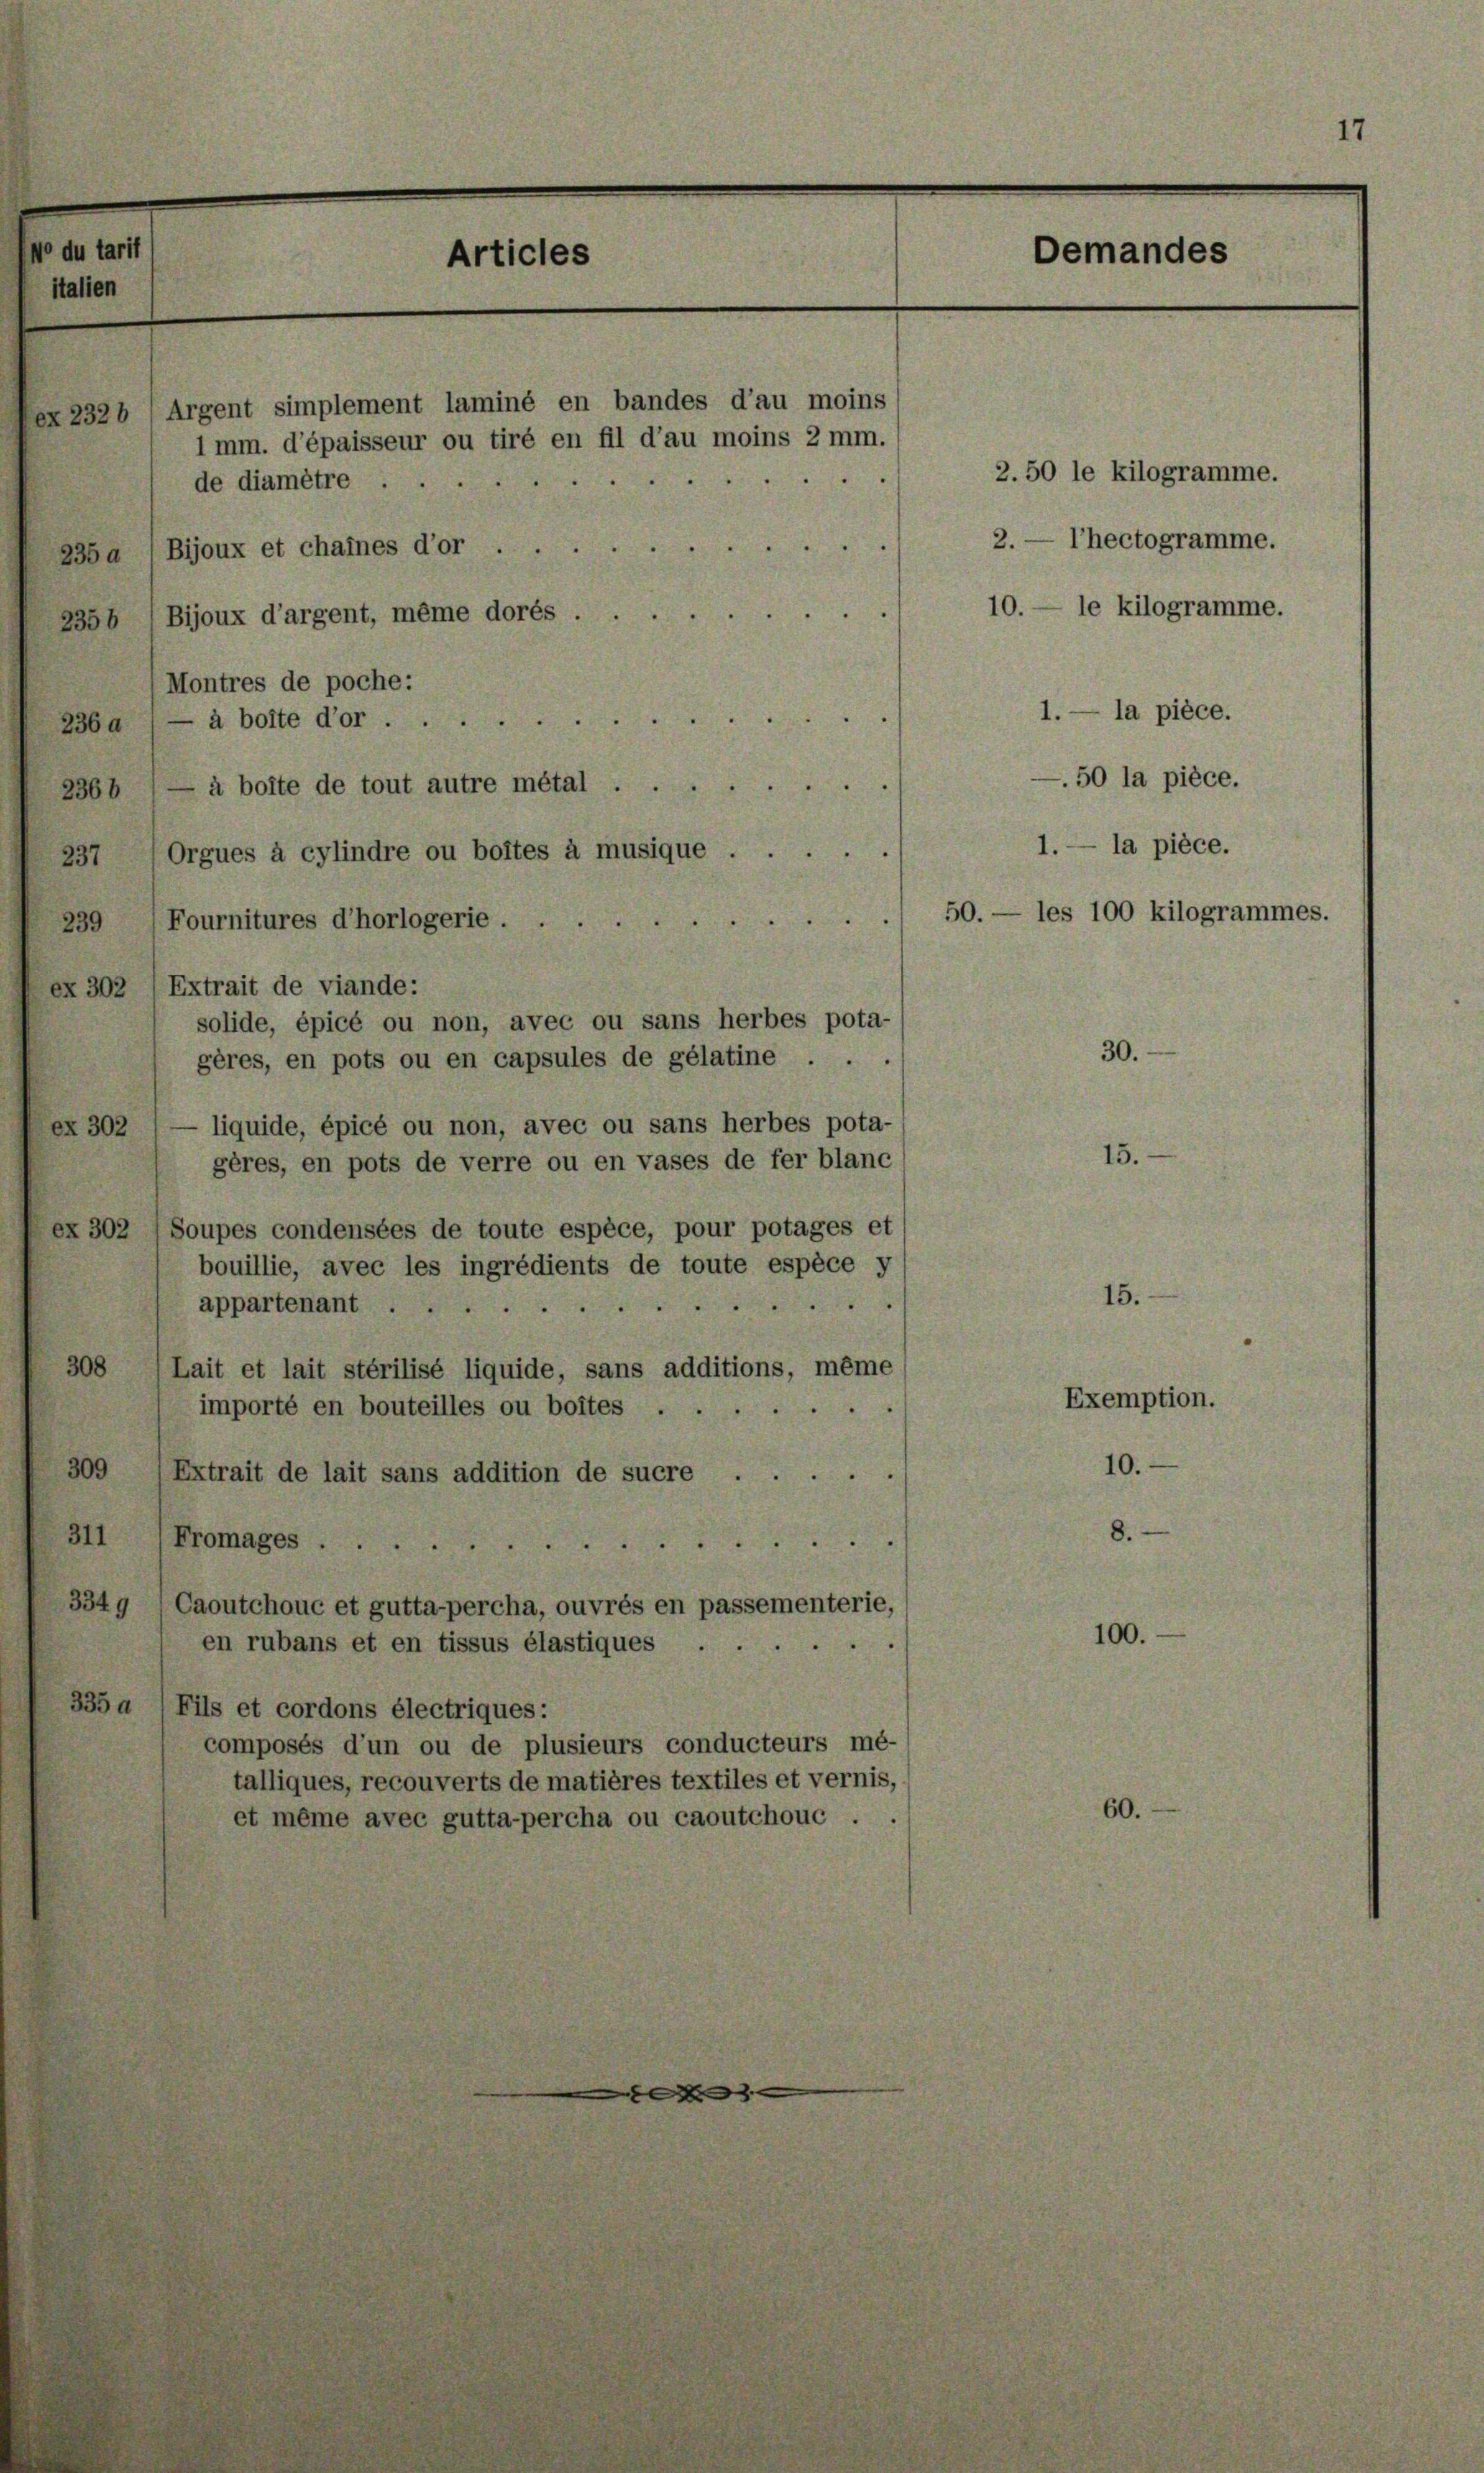
No du tarit
italien

235 a

Articles

1 mm. d’épaisseur ou tiré en fil d’au moins 2 mm.
de diamètre
Bijoux et chaines d’or ...
2356 (Bijoux d’argent, même dorés . .
Montres de poche:
236a — à botte d’or
2366 (— à botte de tout autre métal.
Orgues à cylindre ou bottes à musique.
237
239 Fournitures d’horlogerie.
ex 302 (Extrait de viande:
solide, épicé ou non, avec ou sans herbes pota-
gères, en pots ou en capsules de gélatine . . .
liquide, épicé ou non, avec ou sans herbes pota-
ex 302
gères, en pots de verre ou en vases de fer blanc
ex 302  Soupes condensées de toute espèce, pour potages et
bouillie, avec les ingrédients de toute espèce y
appartenant
308 (Lait et lait stérilisé liquide, sans additions, même
importé en bouteilles ou boites ...
309
Extrait de lait sans addition de sucre
311 (Fromages
3349 /Caoutchouc et guttapercha, ouvrés en passementerie,
en rubans et en tissus élastiques
335 d /Fils et cordons électriques:
composés d’un ou de plusieurs conducteurs mé-
talliques, recouverts de matières textiles et vernis,
et même avec guttapercha ou caoutchouc .

ex 2328 (Argent simplement laminé en bandes d’au moins

E

2

Demandes

2. 50 le kilogramme.
2. — l’hectogramme.
10. — le kilogramme.
1. — la pièce.
.50 la pièce.
1.— la pièce.

50. — les 100 kilogrammes.

30.

15.

15.

Exemption.
10.
8.

100.

60.

1